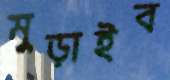
মুড়াইব